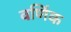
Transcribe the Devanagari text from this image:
वणिंक